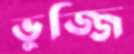
ভুজ্জি